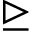
\trianglerighteq